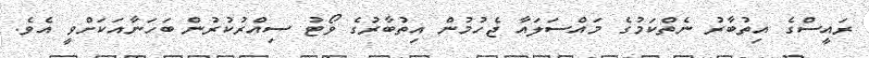
ރައީސްގެ އިތުބާރު ނެތްކަމުގެ މައްސަލައާ ޖެހުމުން އިތުބާރުގެ ވޯޓު ސިއްރުކުރުން ބަހަނާއަކަށްވީ އެވެ.